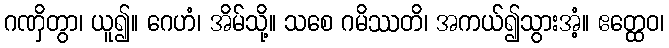
ဂဏှိတွာ၊ ယူ၍။ ဂေဟံ၊ အိမ်သို့။ သစေ ဂမိဿတိ၊ အကယ်၍သွားအံ့။ ဧတ္ထေဝ၊